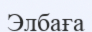
Элбаға